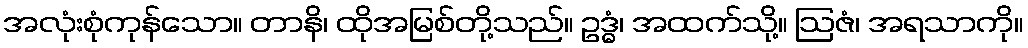
အလုံးစုံကုန်သော။ တာနိ၊ ထိုအမြစ်တို့သည်။ ဥဒ္ဓံ၊ အထက်သို့။ ဩဇံ၊ အရသာကို။